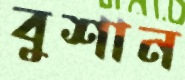
বুশান